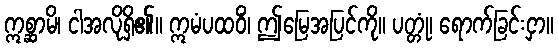
ဣစ္ဆာမိ၊ ငါအလိုရှိ၏။ ဣမံပထဝိံ၊ ဤမြေအပြင်ကို။ ပတ္တုံ၊ ရောက်ခြင်းငှာ။